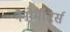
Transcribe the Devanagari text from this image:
नैनोमीटर्स